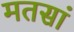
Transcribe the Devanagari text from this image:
मतसां